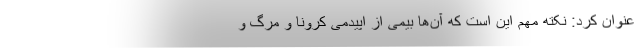
عنوان کرد: نکته مهم این است که آن‌ها بیمی از اپیدمی کرونا و مرگ و